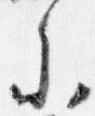
参